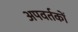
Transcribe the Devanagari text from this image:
अपवर्तकों